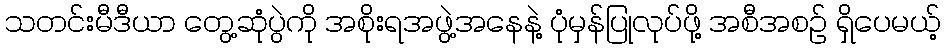
သတင်းမီဒီယာ တွေ့ဆုံပွဲကို အစိုးရအဖွဲ့အနေနဲ့ ပုံမှန်ပြုလုပ်ဖို့ အစီအစဉ် ရှိပေမယ့်